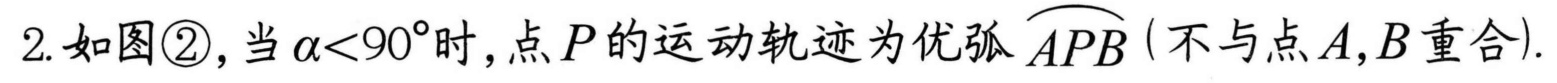
2. 如图\textcircled{2}, 当\(\alpha < 90^{\circ}\)时, 点\(P\)的运动轨迹为优弧\(\overset{\frown}{APB}\) (不与点\(A,B\)重合).